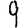
Digit: 9